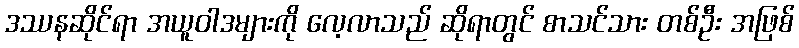
ဒဿနဆိုင်ရာ အယူဝါဒများကို လေ့လာသည် ဆိုရာတွင် စာသင်သား တစ်ဦး အဖြစ်